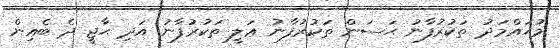
މުޙައްމަދު ތަކުރުފާނު ޙަސަން ތަކުރުފާނު ޢަލީ ތަކުރުފާނު އަދި ޙާޖީ ދެ ބެއިން